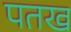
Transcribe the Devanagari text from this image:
पतख